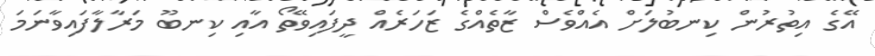
އޭގެ އިތުރުން ކިނބުލަށް އެއްވެސް ޒާތެއްގެ ޒަހަރެއް ދީފައިވޭތޯ އާއި ކިނބޫ މަރާލާފައިވާނަމަ